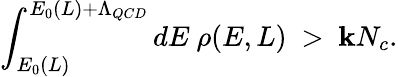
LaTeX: \int_{E_{0}(L)}^{E_{0}(L)+\Lambda_{QCD}}dE~\rho(E,L)~>~\mathbf{k}N_{c}.